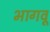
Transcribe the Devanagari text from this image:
भागवू